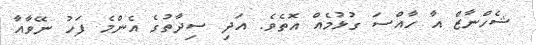
ޝެހްނާޒް އާ ހާއްސަ ގުޅުމެއް އޮތެވެ. އަދި ސިދާތުގެ އެންމެ ފަހު ނޭވާއާ